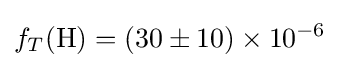
f_{T}(\mathrm {H} )=(30\pm 10)\times 10^{-6}